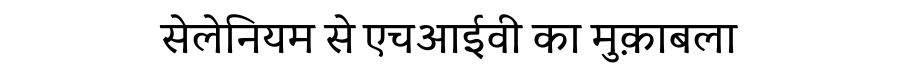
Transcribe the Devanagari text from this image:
सेलेनियम से एचआईवी का मुक़ाबला